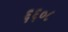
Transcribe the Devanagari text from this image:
६६०८